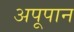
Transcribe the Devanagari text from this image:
अपूपान